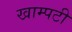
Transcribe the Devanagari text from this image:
खाम्पटी